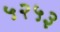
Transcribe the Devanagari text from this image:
५२५३